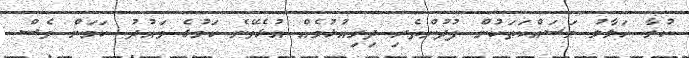
ކުރާ ހަލާލު މަސައްކަތަކުން ފުދުންތެރި ދިރިއުޅުމެއް އުޅެވޭނެ ކަމުގެ ވައުދު ކަމަށް ވެސް